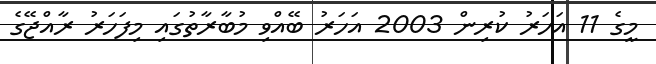
މީގެ 11 އަހަރު ކުރިން 2003 އަހަރު ބޭއްވި މުބާރާތުގައި މިފަހަރު ރާއްޖޭގެ